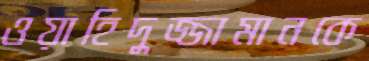
ওয়াহিদুজ্জামানকে